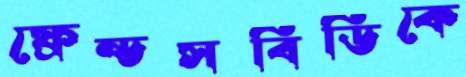
ফ্রেন্ডসবিডিকে